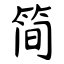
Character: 简